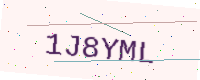
Text: 1J8YML